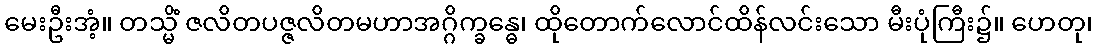
မေးဦးအံ့။ တသ္မိံ ဇလိတပဇ္ဇလိတမဟာအဂ္ဂိက္ခန္ဓေ၊ ထိုတောက်လောင်ထိန်လင်းသော မီးပုံကြီး၌။ ဟေတု၊